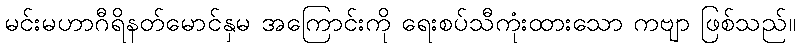
မင်းမဟာဂီရိနတ်မောင်နှမ အကြောင်းကို ရေးစပ်သီကုံးထားသော ကဗျာ ဖြစ်သည်။